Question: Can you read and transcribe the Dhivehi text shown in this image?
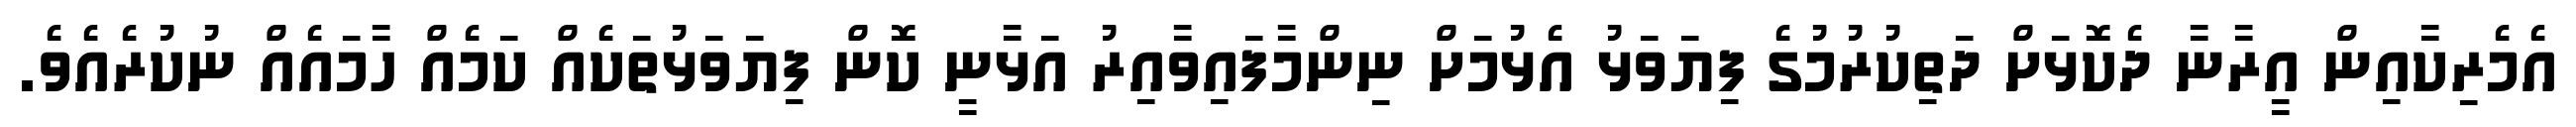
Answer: އެމެރިކާއިން އީރާނާ ދެކޮޅަށް ދަތިކުރުމުގެ ފިޔަވަޅު އެޅުމަށް ނިންމާފައިވާއިރު އަޅާނީ ކޮން ފިޔަވަޅުތަކެއް ކަމެއް ހާމައެއް ނުކުރެއެވެ.